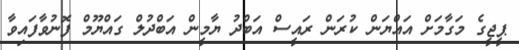
ޕީޖީގެ މަގާމަށް އައްޔަން ކުރަން ރައީސް އަބްދު ޔާމީން އަބްދުލް ގައްޔޫމް ފޮނުވާފައިވާ